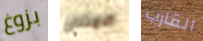
بزوغ الامتنان القارب